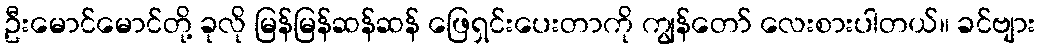
ဦးမောင်မောင်တို့ ခုလို မြန်မြန်ဆန်ဆန် ဖြေရှင်းပေးတာကို ကျွန်တော် လေးစားပါတယ်။ ခင်ဗျား